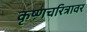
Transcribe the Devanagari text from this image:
कृष्णचरित्रावर